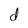
Character: d